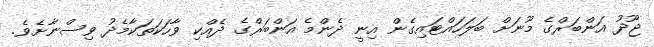
ޖޫދު އަންބަރްގެ މޫނަށް ބަލަހައްޓައިގެން އިނީ ދެންމެ އަންބަރްގެ ދެއްކި ވާހަކަތަކާމެދު ވިސްނާށެވެ.